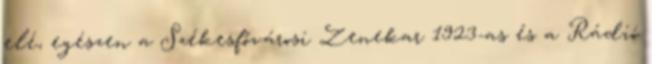
elé, egészen a Székesfővárosi Zenekar 1923-as és a Rádió